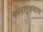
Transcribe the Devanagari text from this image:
कारागृहवास